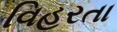
વિહરતા